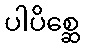
ပါပိစ္ဆေ